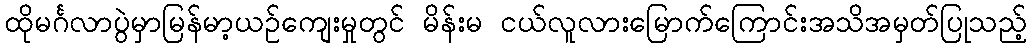
ထိုမင်္ဂလာပွဲမှာမြန်မာ့ယဉ်ကျေးမှုတွင် မိန်းမ ငယ်လူလားမြောက်ကြောင်းအသိအမှတ်ပြုသည့်